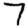
Digit: 7